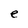
Character: e